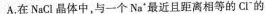
A.在NaCl晶体中，与一个Na^{+}最近且距离相等的CI^{-}的